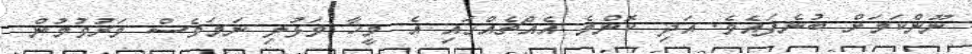
ނޫންކަމަށް ބުނެފައެވެ. އަދި ކޮންމެ އެއްޗެއްގައި އެ މީހާ ވަޅުލި ނަމަވެސް މަރުވުމުން